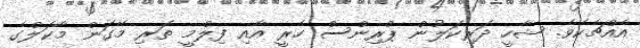
އެއްޗެކެވެ. ޝާހީ ދަރިކަލުން ޕްރިންސް ހެރީ އާއި ފިލްމީ ތަރި މޭގަން މާކަލްގެ